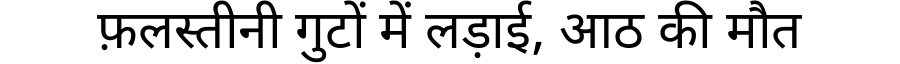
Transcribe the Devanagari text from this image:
फ़लस्तीनी गुटों में लड़ाई, आठ की मौत